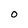
Character: 0